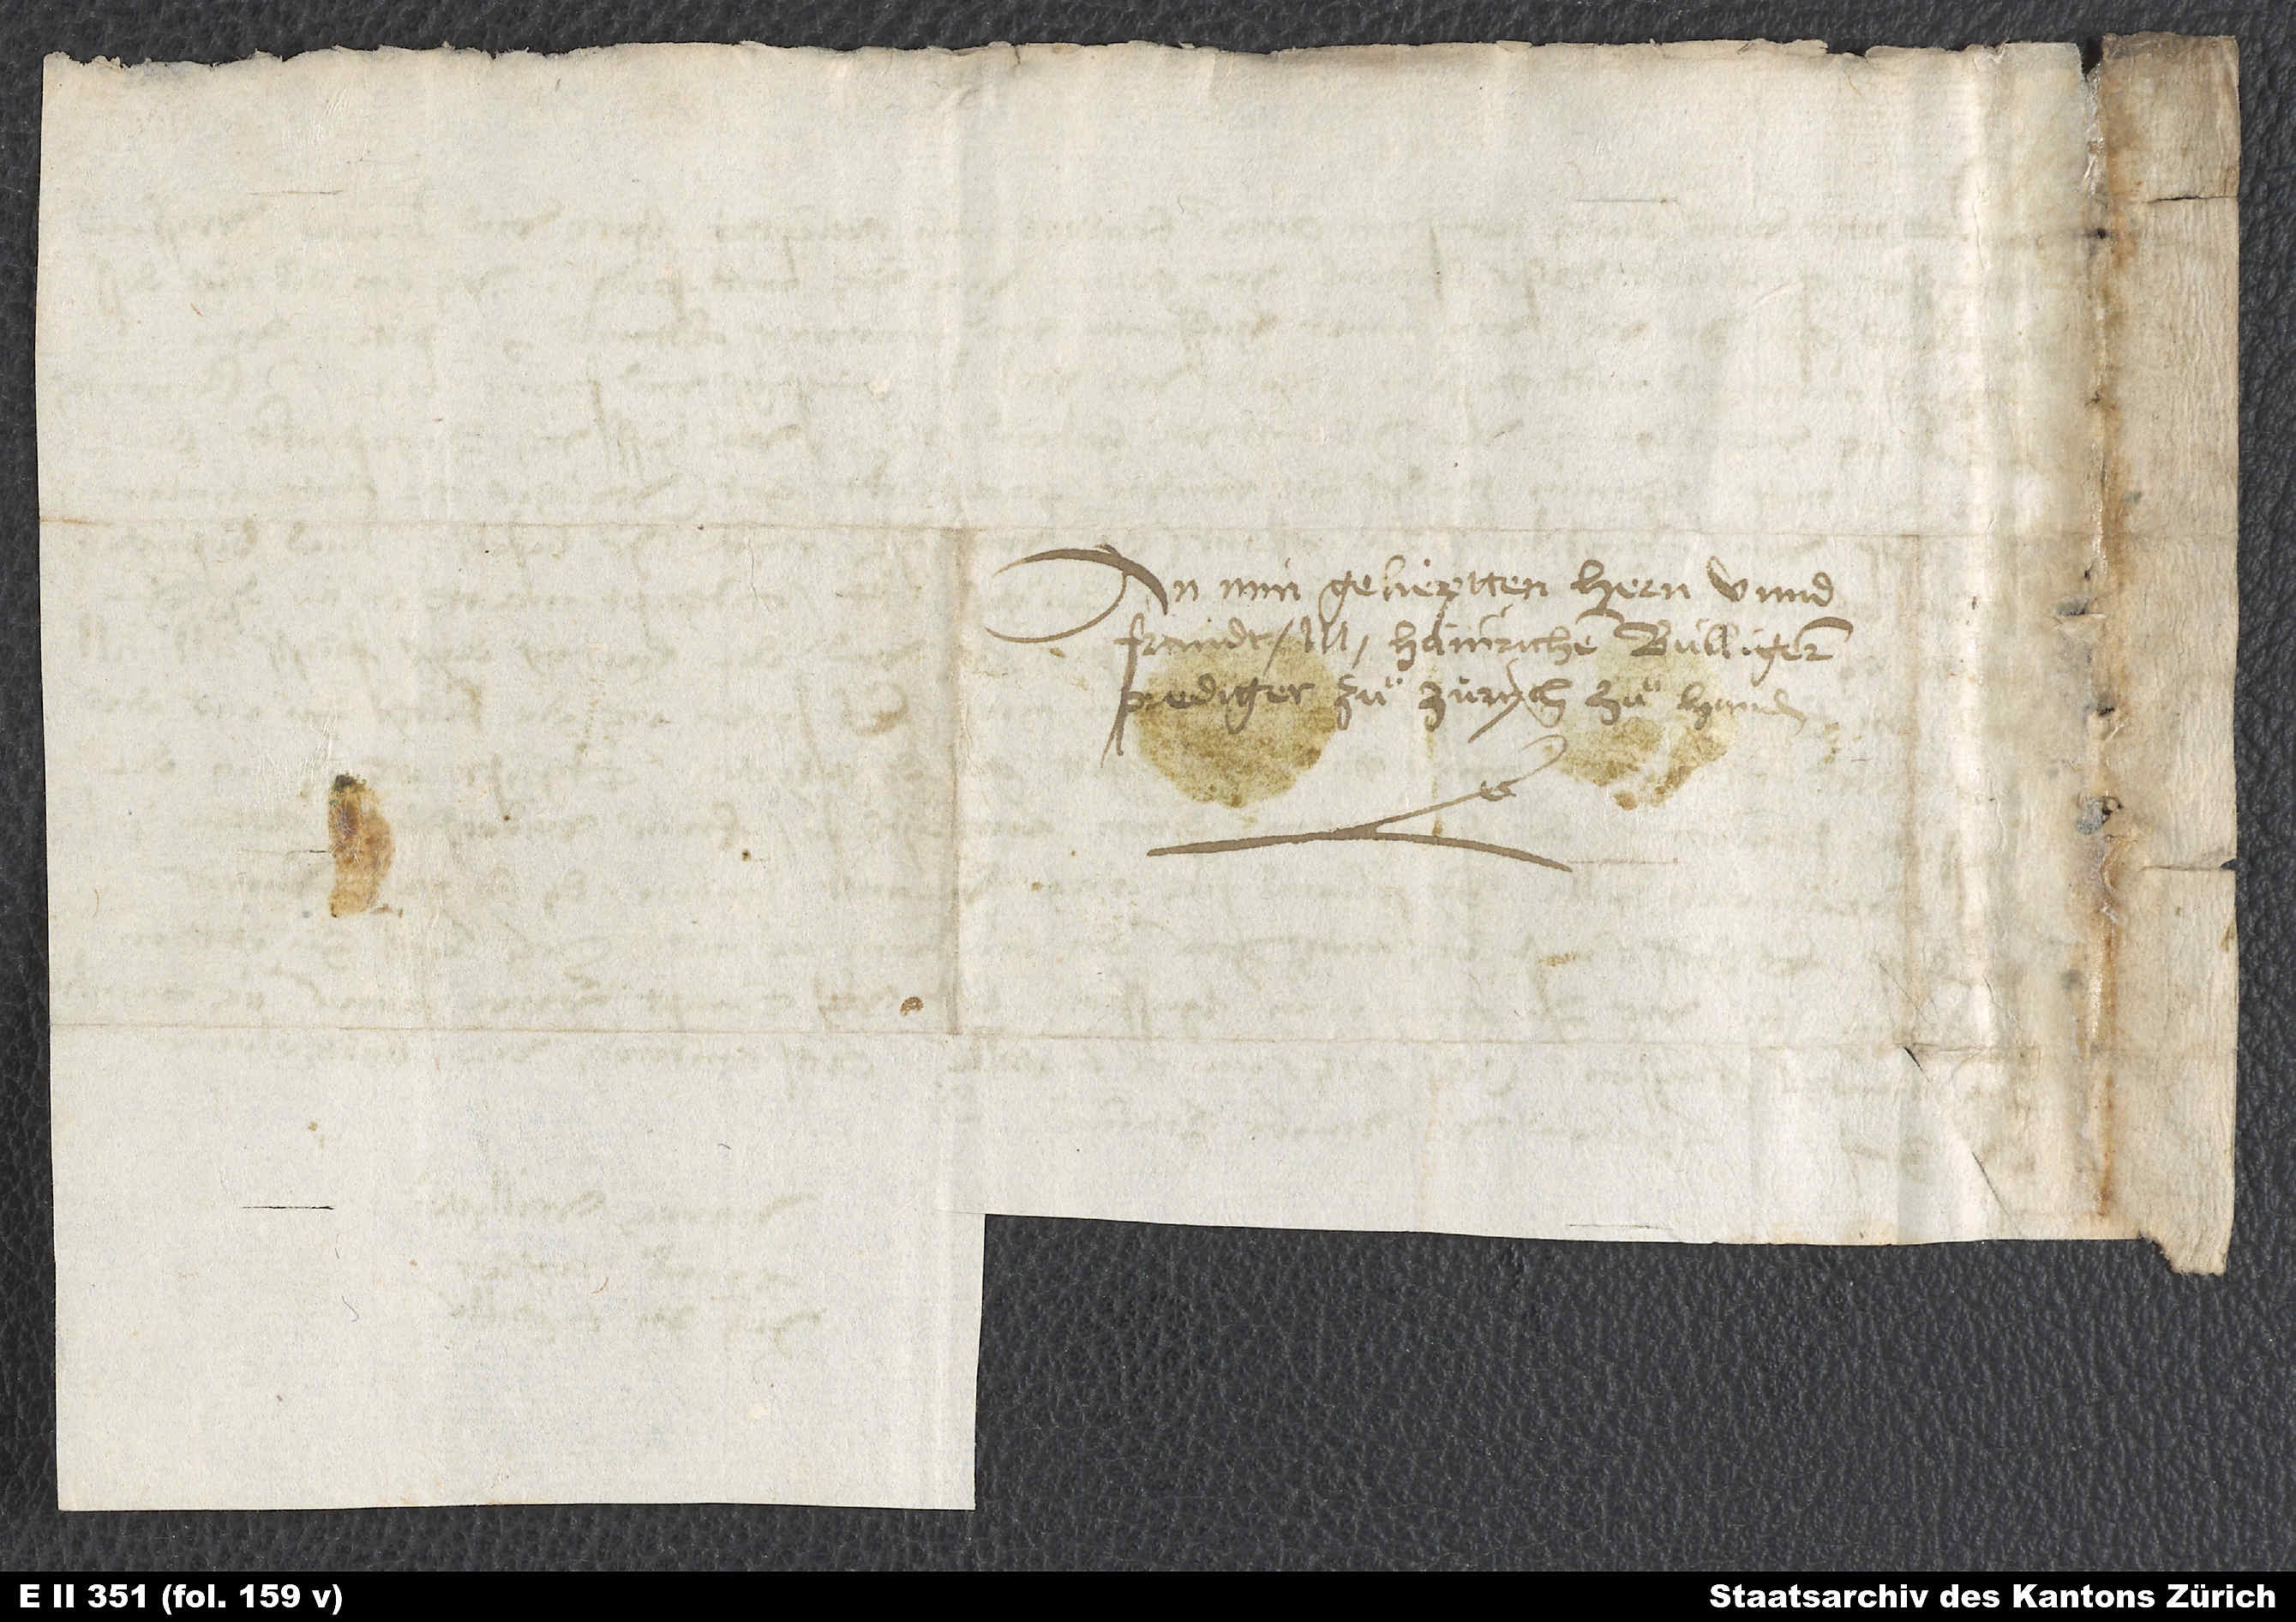
An min gelieptten hern unnd
frundt M. Hainrichen Bulligem,
prediger zuͦ Zurych, zuͦ handen.